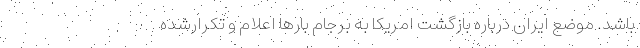
باشد. موضع ایران درباره بازگشت امریکا به برجام بارها اعلام و تکرارشده